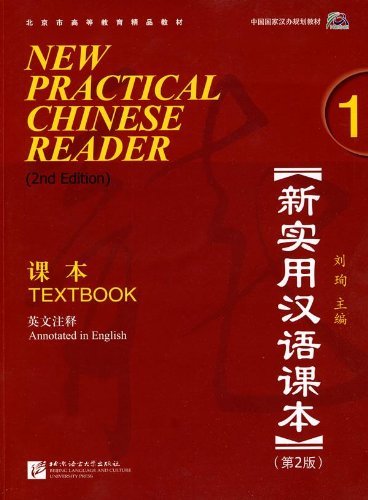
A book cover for New Practical Chinese Reader Vol. 1 (2nd.Ed.): Textbook (W/MP3) (English and Chinese Edition); Liu Xun; Children's Books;